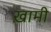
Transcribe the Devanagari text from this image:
ख़ामी